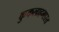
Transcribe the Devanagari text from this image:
कुकलाहभारत